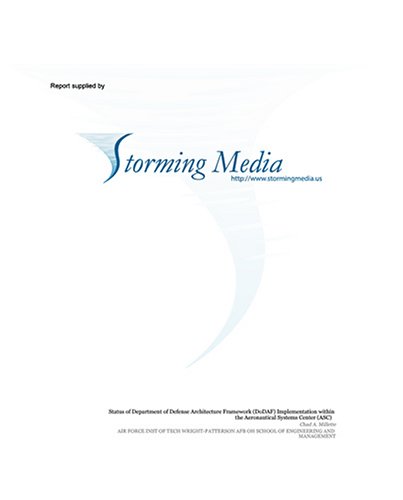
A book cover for Analysis of the Aerodynamic Orbital Transfer Capabilities of a Winged Re-Entry Vehicle; John P. Pienkowski; Health, Fitness & Dieting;